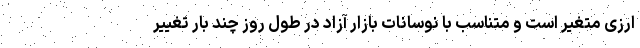
ارزی متغیر است و متناسب با نوسانات بازار آزاد در طول روز چند بار تغییر